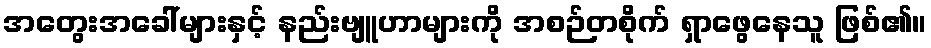
အတွေးအခေါ်များနှင့် နည်းဗျူဟာများကို အစဉ်တစိုက် ရှာဖွေနေသူ ဖြစ်၏။